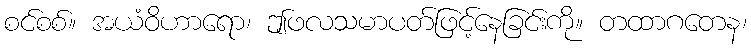
စင်စစ်။ အယံဝိဟာရော၊ ဤဖလသမာပတ်ဖြင့်နေခြင်းကို။ တထာဂတေန၊